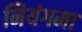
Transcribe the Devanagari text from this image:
नियंगमा